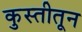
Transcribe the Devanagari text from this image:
कुस्तीतून